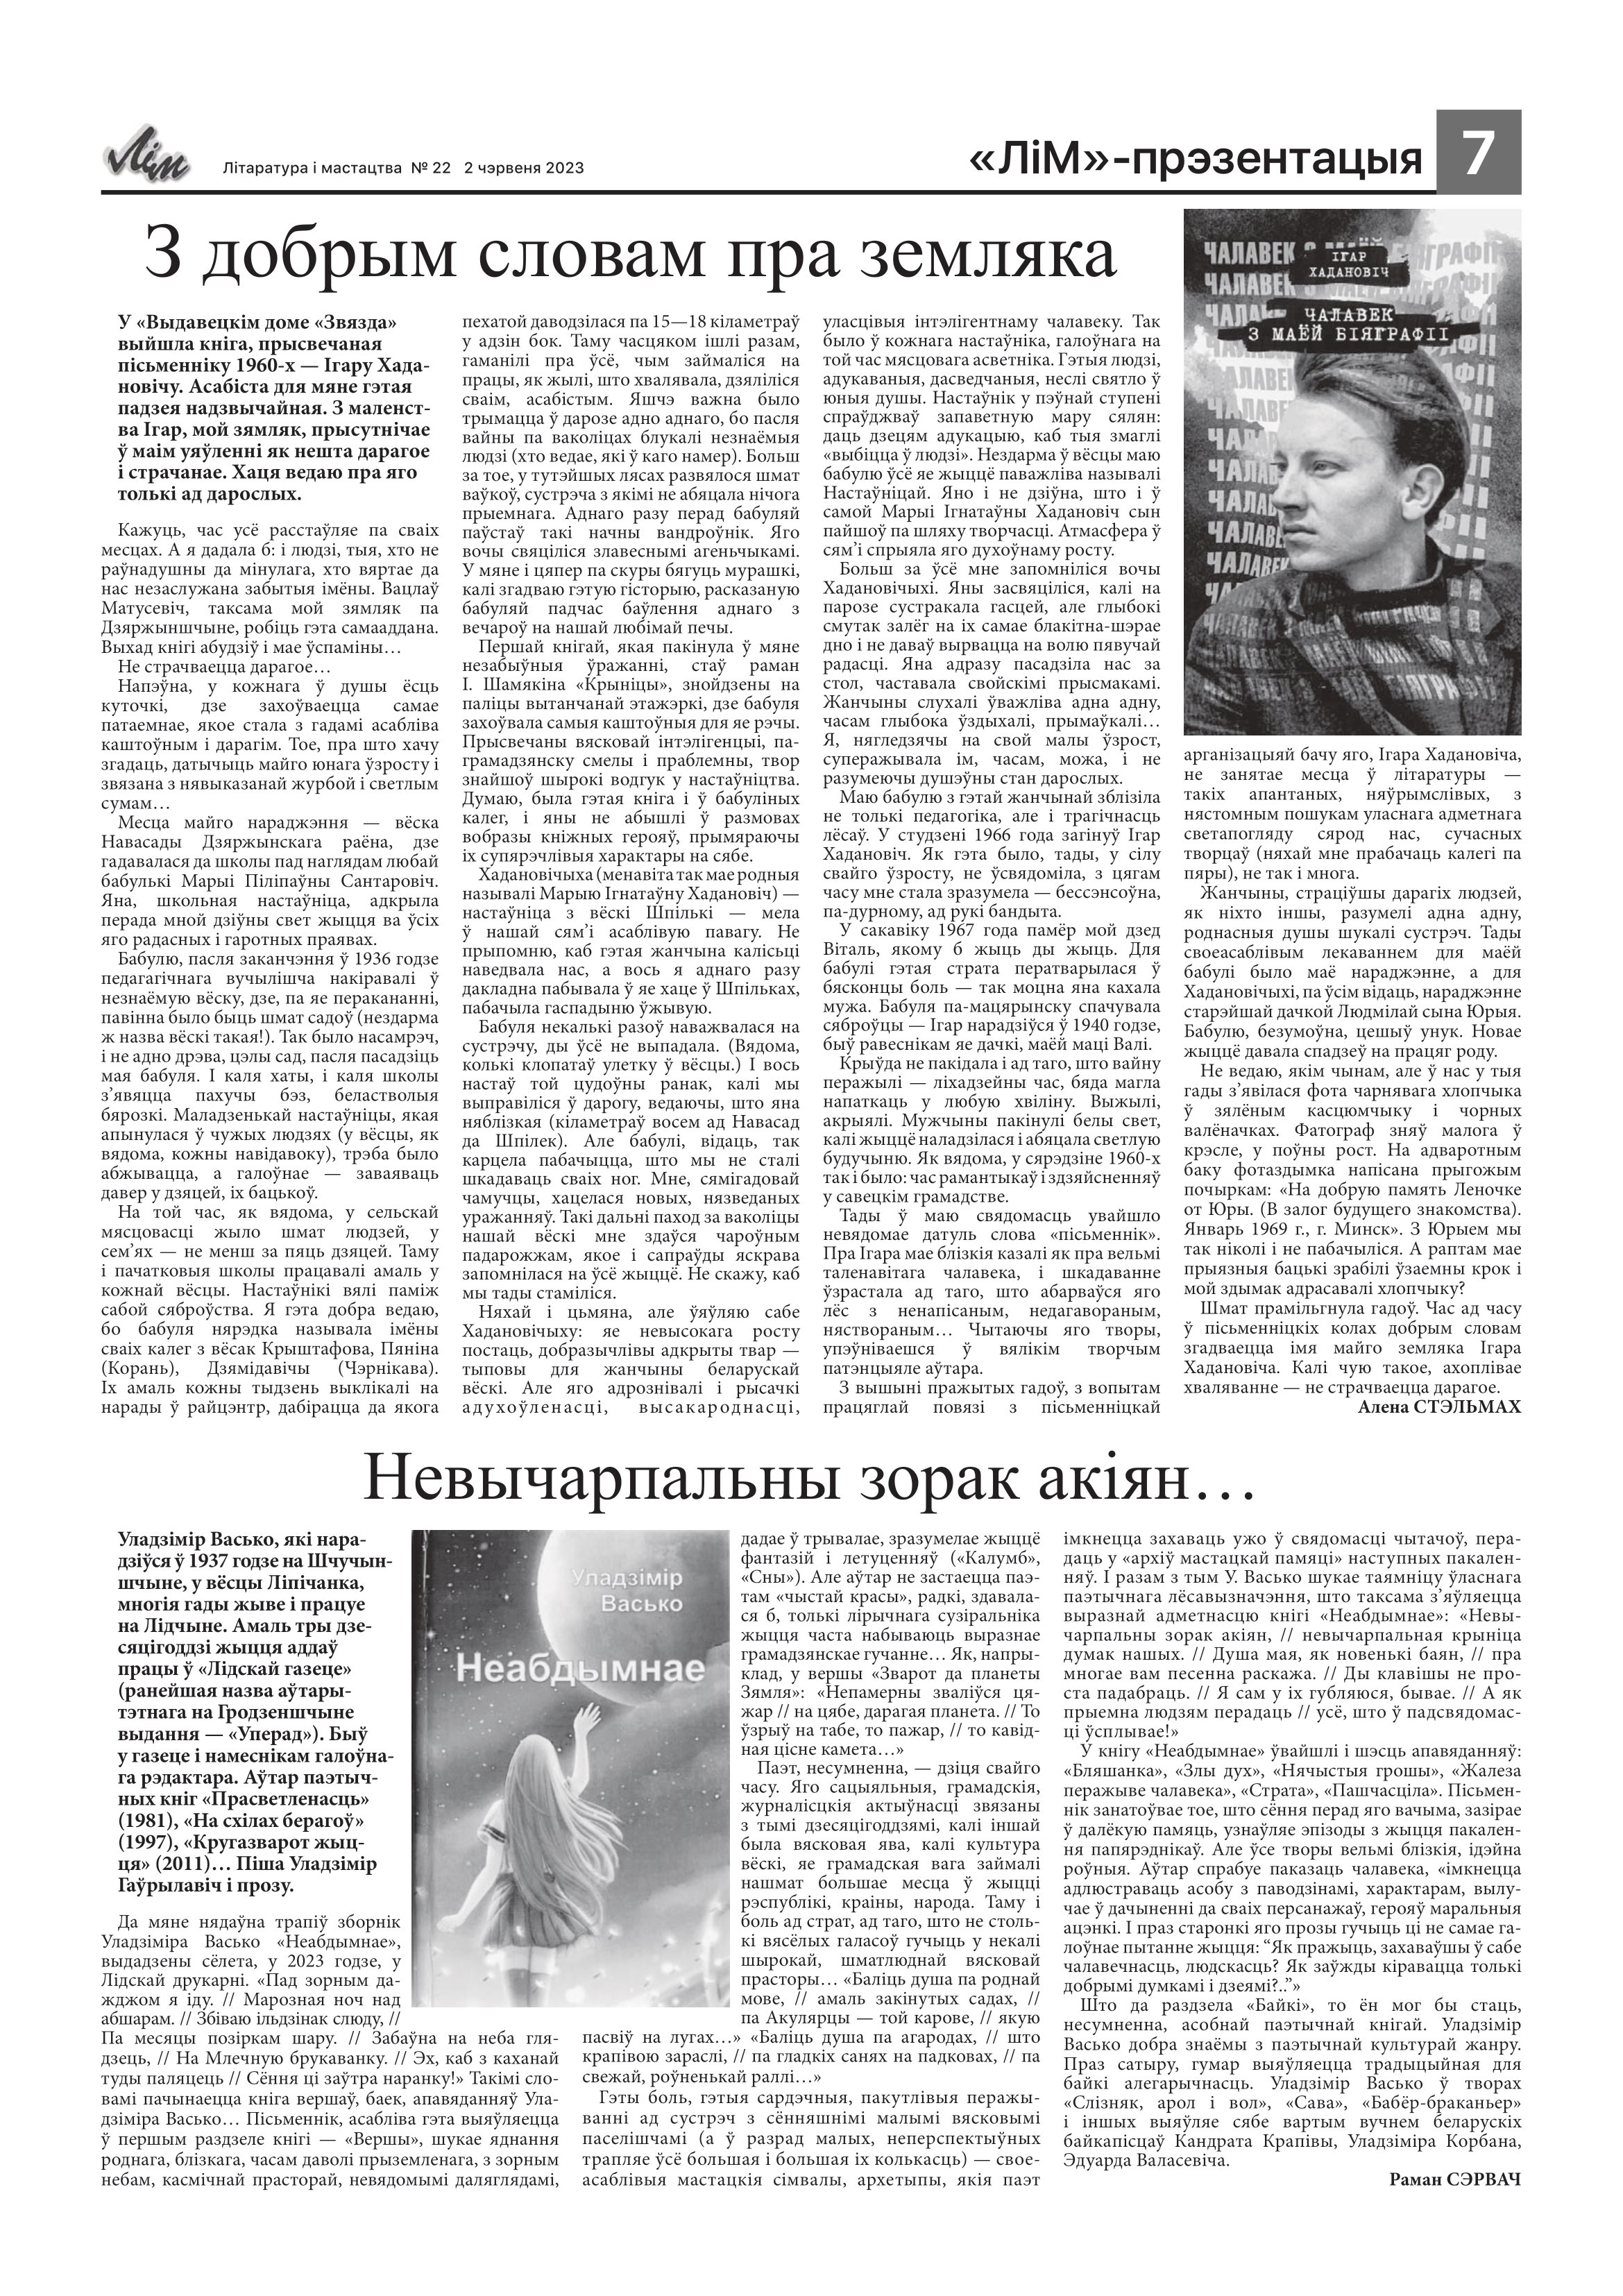
Language: be